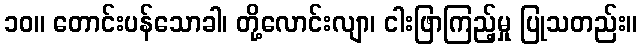
၁၀။ တောင်းပန်သောခါ၊ တို့လောင်းလျာ၊ ငါးဖြာကြည့်မှု ပြုသတည်း။